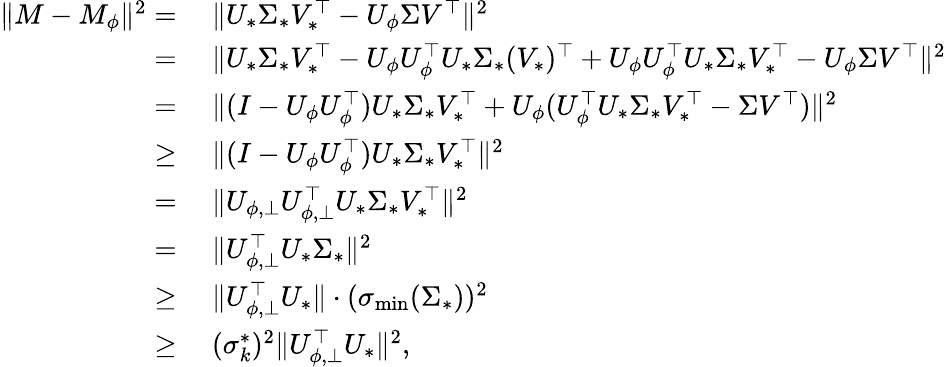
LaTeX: \begin{array}{rl}{\| M-M_{\phi}\| ^{2}=}&{~\| U_{*}\Sigma_{*}V_{*}^{\top}-U_{\phi}\Sigma V^{\top}\| ^{2}}\\ {=}&{~\| U_{*}\Sigma_{*}V_{*}^{\top}-U_{\phi}U_{\phi}^{\top}U_{*}\Sigma_{*}(V_{*})^{\top}+U_{\phi}U_{\phi}^{\top}U_{*}\Sigma_{*}V_{*}^{\top}-U_{\phi}\Sigma V^{\top}\| ^{2}}\\ {=}&{~\| (I-U_{\phi}U_{\phi}^{\top})U_{*}\Sigma_{*}V_{*}^{\top}+U_{\phi}(U_{\phi}^{\top}U_{*}\Sigma_{*}V_{*}^{\top}-\Sigma V^{\top})\| ^{2}}\\ {\geq}&{~\| (I-U_{\phi}U_{\phi}^{\top})U_{*}\Sigma_{*}V_{*}^{\top}\| ^{2}}\\ {=}&{~\| U_{\phi,\bot}U_{\phi,\bot}^{\top}U_{*}\Sigma_{*}V_{*}^{\top}\| ^{2}}\\ {=}&{~\| U_{\phi,\bot}^{\top}U_{*}\Sigma_{*}\| ^{2}}\\ {\geq}&{~\| U_{\phi,\bot}^{\top}U_{*}\| \cdot(\sigma_{\operatorname*{min}}(\Sigma_{*}))^{2}}\\ {\geq}&{~(\sigma_{k}^{*})^{2}\| U_{\phi,\bot}^{\top}U_{*}\| ^{2},}\end{array}